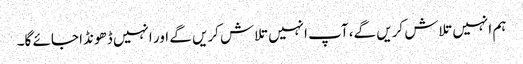
ہم انہیں تلاش کریں گے، آپ انہیں تلاش کریں گے اور انہیں ڈھونڈا جائے گا۔